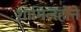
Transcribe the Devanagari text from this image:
शामिलहोने